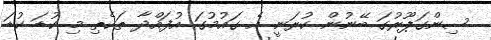
ސިންގަޕޫރުގަ ބޭނުން ކުރަނީ އެ ގައުމުގަ އުފައްދާ ތަކެތި މި ކުޑަ ކުޑަ